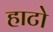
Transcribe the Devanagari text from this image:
हाटो